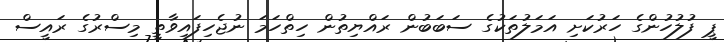
ޕީ ފުލުހުންގެ ހަރުކަށި އަމަލުތަކުގެ ސަބަބުން ރައްޔިތުން ހިތްހަމަ ނުޖެހިފައިވާތީ މިސްރުގެ ރައީސް